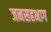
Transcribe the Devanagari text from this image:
जनसहभाग